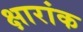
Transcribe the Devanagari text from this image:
क्षारांक